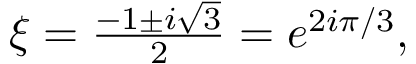
\textstyle \xi = { \frac { - 1 \pm i { \sqrt { 3 } } } { 2 } } = e ^ { 2 i \pi / 3 } ,